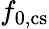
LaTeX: f_{\mathrm{0,cs}}